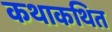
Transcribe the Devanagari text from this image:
कथाकथित